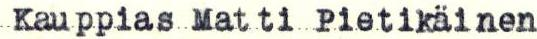
Kauppias Matti Pietikäinen